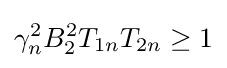
\gamma _{n}^{2}B_{2}^{2}T_{1n}T_{2n}\geq {1}